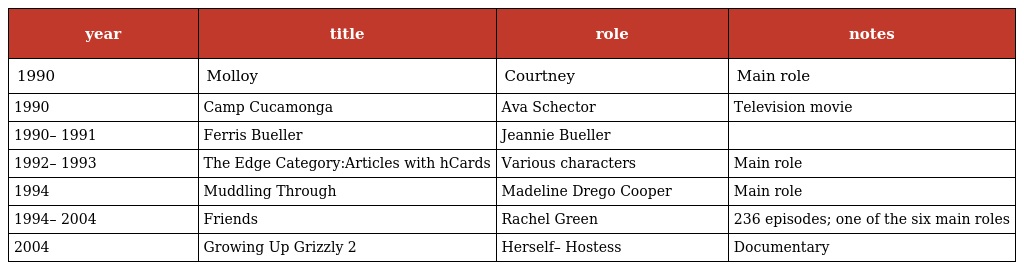
| year | title | role | notes |
 | --- | --- | --- | --- |
 | 1990 | Molloy | Courtney | Main role |
 | 1990 | Camp Cucamonga | Ava Schector | Television movie |
 | 1990– 1991 | Ferris Bueller | Jeannie Bueller |  |
 | 1992– 1993 | The Edge Category:Articles with hCards | Various characters | Main role |
 | 1994 | Muddling Through | Madeline Drego Cooper | Main role |
 | 1994– 2004 | Friends | Rachel Green | 236 episodes; one of the six main roles |
 | 2004 | Growing Up Grizzly 2 | Herself– Hostess | Documentary |